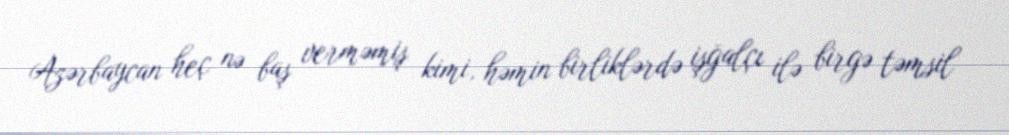
Azərbaycan heç nə baş verməmiş kimi, həmin birliklərdə işğalçı ilə birgə təmsil